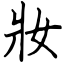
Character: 妝